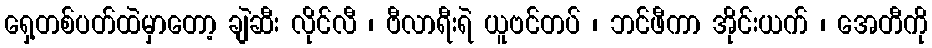
ရှေ့တစ်ပတ်ထဲမှာတော့ ချဲဆီး လိုင်လီ ၊ ဗီလာရီးရဲ ယူဗင်တပ် ၊ ဘင်ဖီကာ အိုင်းယက် ၊ အေတီကို